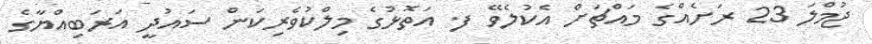
ޖުމްލަ 23 ރަށެއްގެ މައްޗަށް އެކުލެވޭ ފ. އަތޮޅުގެ މިލްކުވެރިކަން ސައުދީ އަރަބިއްޔާގެ